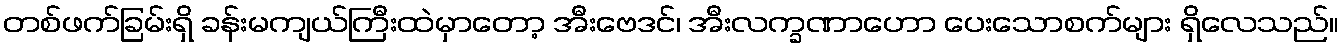
တစ်ဖက်ခြမ်းရှိ ခန်းမကျယ်ကြီးထဲမှာတော့ အီးဗေဒင်၊ အီးလက္ခဏာဟော ပေးသောစက်များ ရှိလေသည်။